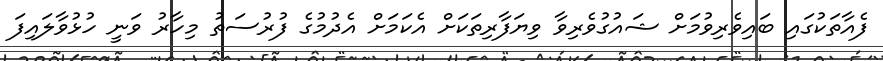
ފެއާތަކުގައި ބައިވެރިވުމަށް ޝައުގުވެރިވާ ވިޔަފާރިތަކަށް އެކަމަށް އެދުމުގެ ފުރުސަތު މިހާރު ވަނީ ހުޅުވާލައިފަ